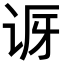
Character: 𬣨